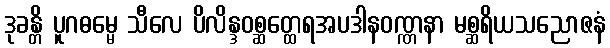
ဒုခန္တိ ပူဂဓမ္မေ သီလေ ပိလိန္ဒဝစ္ဆတ္ထေရအပဒါနဝဏ္ဏနာ မစ္ဆရိယသညောဇနံ